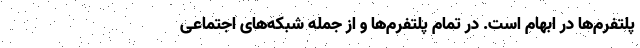
پلتفرم‌ها در ابهام است. در تمام پلتفرم‌ها و از جمله شبکه‌های اجتماعی